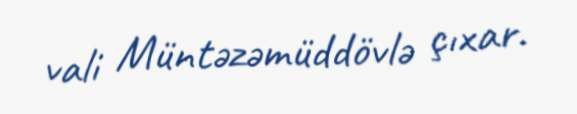
vali Müntəzəmüddövlə çıxar.